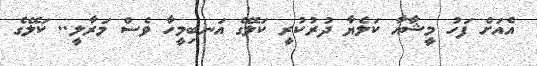
އެއަށް ފަހު މީޝާއާ ކަލެޔާ ދުރުކުރީ ކަލޭގެ އަނބިމީހާ ވެސް މަރާލީ.. ކަލޭގެ